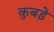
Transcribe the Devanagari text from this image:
कुबड़े